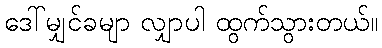
ဒေါ်မျှင်ခမျာ လျှာပါ ထွက်သွားတယ်။